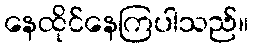
နေထိုင်နေကြပါသည်။